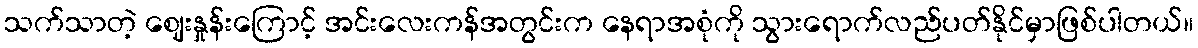
သက်သာတဲ့ ဈေးနှုန်းကြောင့် အင်းလေးကန်အတွင်းက နေရာအစုံကို သွားရောက်လည်ပတ်နိုင်မှာဖြစ်ပါတယ်။